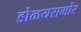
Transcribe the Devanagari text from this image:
डोळ्यसमोर